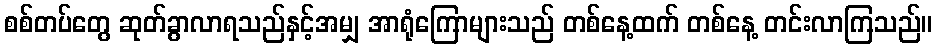
စစ်တပ်တွေ ဆုတ်ခွာလာရသည်နှင့်အမျှ အာရုံကြောများသည် တစ်နေ့ထက် တစ်နေ့ တင်းလာကြသည်။